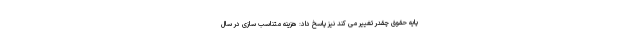
پایه حقوق چقدر تغییر می کند نیز پاسخ داد: هزینه متناسب سازی در سال